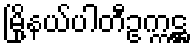
မြို့နယ်ပါတီဥက္ကဋ္ဌ